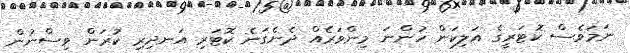
ނަމަވެސް ކޮޓަރީގެ އަލިކަން ހުންނަ މިންވަރެއް ދެނެގަނެ ކޮޓަރި އަނދިރި ކުރަން ވިސްނުން